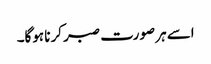
اسے ہر صورت صبر کرنا ہوگا۔